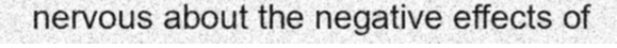
nervous about the negative effects of